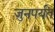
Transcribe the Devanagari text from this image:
जुनपर्यंत